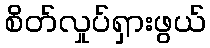
စိတ်လှုပ်ရှားဖွယ်